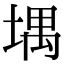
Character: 堣